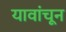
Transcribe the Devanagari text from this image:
यावांचून